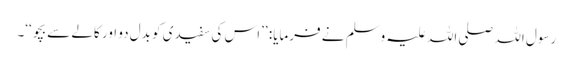
رسول اللہ صلی اللہ علیہ وسلم نے فرمایا: ’’اس کی سفیدی کو بدل دو اور کالے سے بچو‘‘۔